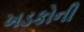
ખડકોની